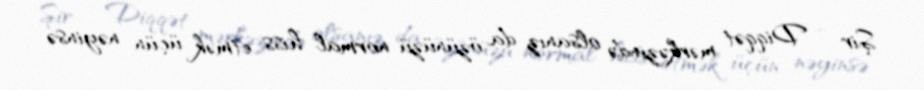
Şir - Diqqət mərkəzində olsanız da, özünüzü normal hiss etmək üçün nəyinsə